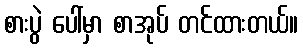
စားပွဲ ပေါ်မှာ စာအုပ် တင်ထားတယ်။